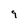
Character: 9